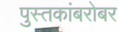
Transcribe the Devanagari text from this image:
पुस्तकांबरोबर